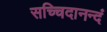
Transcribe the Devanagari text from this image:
सच्चिदानन्दं